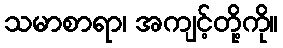
သမာစာရာ၊ အကျင့်တို့ကို။